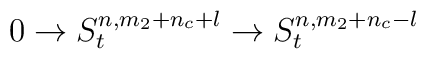
0 \rightarrow S^{n,m_2+n_c+l}_{t} \rightarrow S^{n,m_2+n_c-l}_{t}